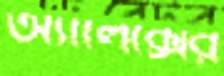
অ্যালেক্সের